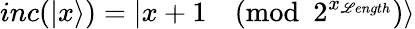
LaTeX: inc(|x\rangle)=|x+1{\pmod{2^{x_{\mathscr{L}ength}}}}\rangle